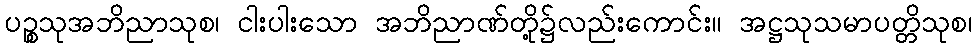
ပဉ္စသုအဘိညာသုစ၊ ငါးပါးသော အဘိညာဏ်တို့၌လည်းကောင်း။ အဋ္ဌသုသမာပတ္တိသုစ၊